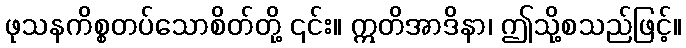
ဖုသနကိစ္စတပ်သောစိတ်တို့ ၎င်း။ ဣတိအာဒိနာ၊ ဤသို့စသည်ဖြင့်။